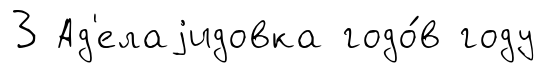
3 Ад'елаjидовка годо́в году